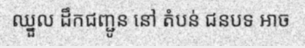
ឈ្នួល ដឹកជញ្ជូន នៅ តំបន់ ជនបទ អាច